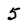
Character: 5